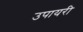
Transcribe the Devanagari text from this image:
उपायरी